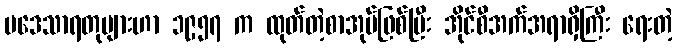
ပဒေသာရတုများဟာ ၁၉၅၇ က ထုတ်တဲ့စာအုပ်ဖြစ်ပြီး အိုင်စီအက်အရာရှိကြီး ရေးတဲ့